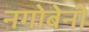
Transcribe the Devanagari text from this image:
नगोबेनी